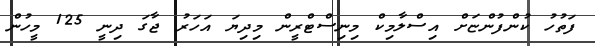
ފަތުހު ކުންފުންޏަށް އިސްލާމިކް މިނިސްޓްރީން މިދިޔަ އަހަރު ޖާގަ ދިނީ 125 މީހުން